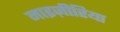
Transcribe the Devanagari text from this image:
नाइज़ीरिया